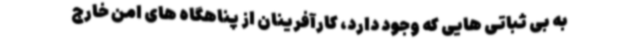
به بی ثباتی هایی که وجود دارد، کارآفرینان از پناهگاه های امن خارج